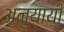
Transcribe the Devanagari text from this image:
अनुयाय़ी